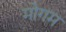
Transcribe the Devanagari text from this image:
मोगम